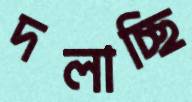
দলাচ্ছি